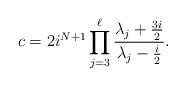
LaTeX: \begin{align*}c=2i^{N+1}\prod_{j=3}^\ell\frac{\lambda_j+\frac{3i}{2}}{\lambda_j-\frac{i}{2}}.\end{align*}